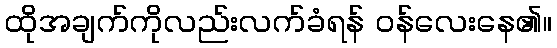
ထိုအချက်ကိုလည်းလက်ခံရန် ဝန်လေးနေ၏။